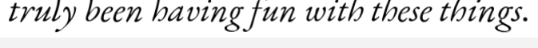
truly been having fun with these things.